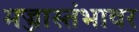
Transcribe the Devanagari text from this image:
मज्जास्तंभावर